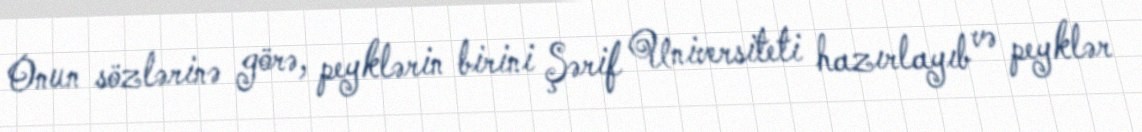
Onun sözlərinə görə, peyklərin birini Şərif Universiteti hazırlayıb və peyklər